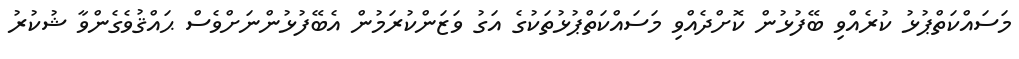
މަސައްކަތްޕުޅު ކުރެއްވި ބޭފުޅުން ކޮށްދެއްވި މަސައްކަތްޕުޅުތަކުގެ އަގު ވަޒަންކުރަމުން އެބޭފުޅުންނަށްވެސް ޙައްޤުވެގެންވާ ޝުކުރު